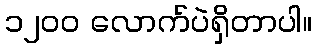
၁၂၀၀ လောက်ပဲရှိတာပါ။